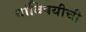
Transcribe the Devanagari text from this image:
यांविषयीची